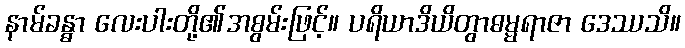
နာမ်ခန္ဓာ လေးပါးတို့၏အစွမ်းဖြင့်။ ပရိယာဒိယိတွာဓမ္မရာဇာ ဒေဿသိ။